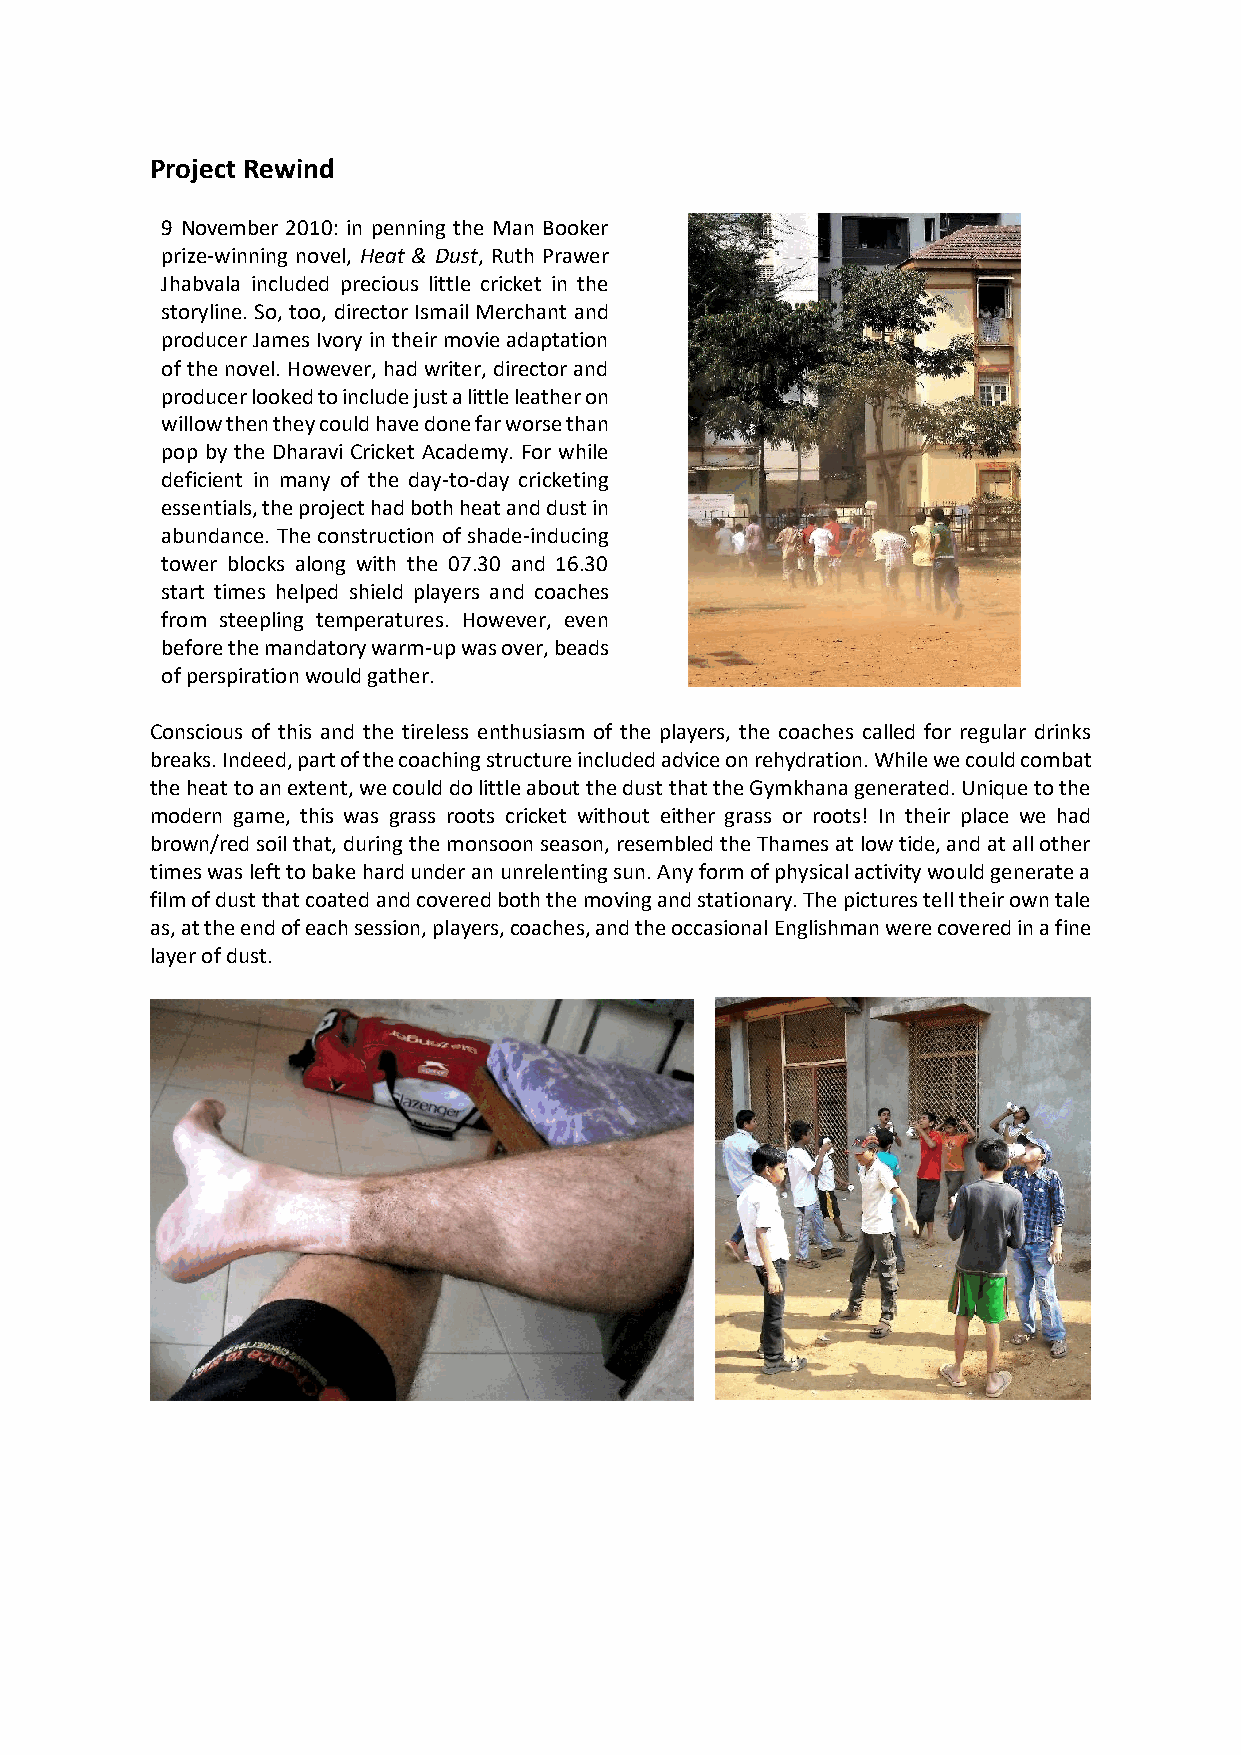
Project Rewind
 9 November 2010: in penning the Man Booker
 prize-winning novel, Heat & Dust, Ruth Prawer
 Jhabvala included precious little cricket in the
 storyline. So, too, director Ismail Merchant and
 producer James Ivory in their movie adaptation
 of the novel. However, had writer, director and
 producer looked to include just a little leather on
 willow then they could have done far worse than
 pop by the Dharavi Cricket Academy. For while
 deficient in many of the day-to-day cricketing
 essentials, the project had both heat and dust in
 abundance. The construction of shade-inducing
 tower blocks along with the 07.30 and 16.30
 start times helped shield players and coaches
 from steepling temperatures. However, even
 before the mandatory warm-up was over, beads
 of perspiration would gather.
 Conscious of this and the tireless enthusiasm of the players, the coaches called for regular drinks
 breaks. Indeed, part of the coaching structure included advice on rehydration. While we could combat
 the heat to an extent, we could do little about the dust that the Gymkhana generated. Unique to the
 modern game, this was grass roots cricket without either grass or roots! In their place we had
 brown/red soil that, during the monsoon season, resembled the Thames at low tide, and at all other
 times was left to bake hard under an unrelenting sun. Any form of physical activity would generate a
 film of dust that coated and covered both the moving and stationary. The pictures tell their own tale
 as, at the end of each session, players, coaches, and the occasional Englishman were covered in a fine
 layer of dust.